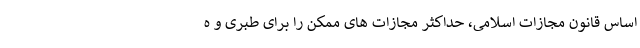
اساس قانون مجازات اسلامی، حداکثر مجازات های ممکن را برای طبری و ه